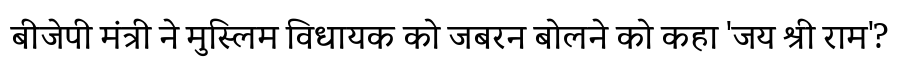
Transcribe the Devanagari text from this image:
बीजेपी मंत्री ने मुस्लिम विधायक को जबरन बोलने को कहा 'जय श्री राम'?